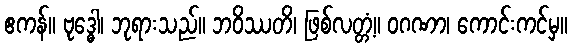
ဧကန်။ ဗုဒ္ဓေါ၊ ဘုရားသည်။ ဘဝိဿတိ၊ ဖြစ်လတ္တံ့။ ဝဂဏာ၊ ကောင်းကင်မှ။